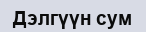
Дэлгүүн сум